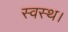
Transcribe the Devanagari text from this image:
स्वस्थ।